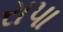
રાપા